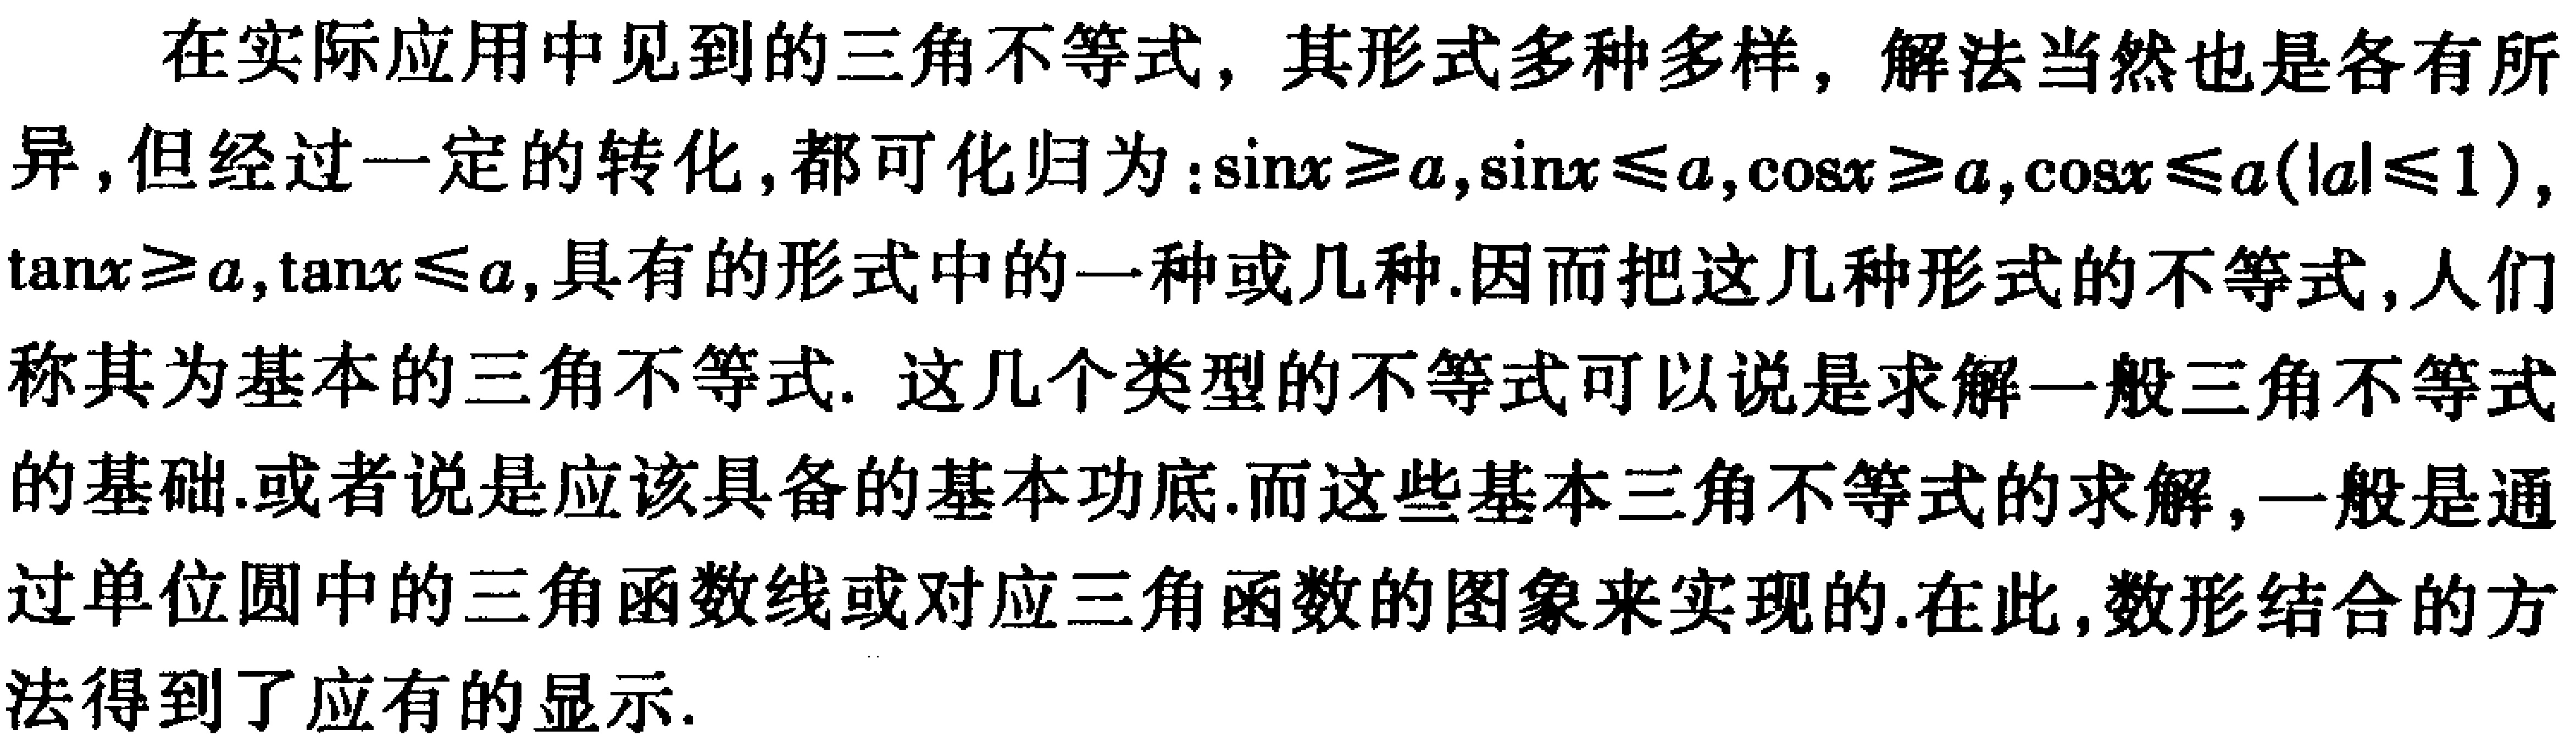
在实际应用中见到的三角不等式，其形式多种多样，解法当然也是各有所异，但经过一定的转化，都可化归为：\(\sin x\geq a,\sin x\leq a,\cos x\geq a,\cos x\leq a(|a|\leq 1)\)，\(\tan x\geq a,\tan x\leq a\)，具有的形式中的一种或几种.因而把这几种形式的不等式，人们称其为基本的三角不等式. 这几个类型的不等式可以说是求解一般三角不等式的基础.或者说是应该具备的基本功底.而这些基本三角不等式的求解，一般是通过单位圆中的三角函数线或对应三角函数的图象来实现的.在此，数形结合的方法得到了应有的显示.